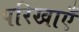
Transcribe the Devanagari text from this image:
परिखाएँ